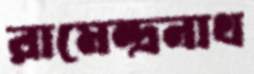
রামেন্দ্রনাথ